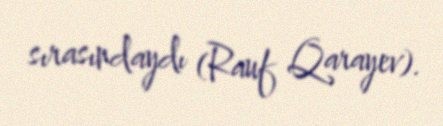
sırasındaydı (Rauf Qarayev).